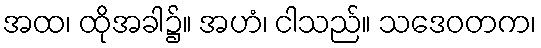
အထ၊ ထိုအခါ၌။ အဟံ၊ ငါသည်။ သဒေဝတက၊